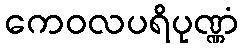
ကေဝလပရိပုဏ္ဏံ